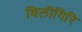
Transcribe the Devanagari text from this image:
बिलीगिरि